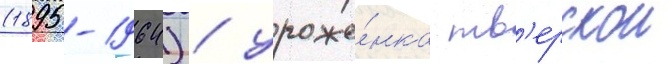
(1895-1964) / уроже́нка тв'ерскои